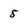
Character: 5